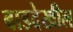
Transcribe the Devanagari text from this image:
बाडदेखील